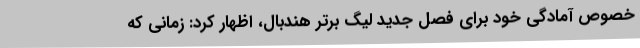
خصوص آمادگی خود برای فصل جدید لیگ برتر هندبال، اظهار کرد: زمانی که